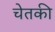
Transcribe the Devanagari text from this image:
चेतकी